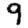
Digit: 9